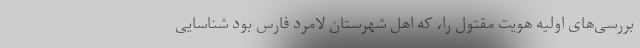
بررسی‌های اولیه هویت مقتول را، که اهل شهرستان لامرد فارس بود شناسایی